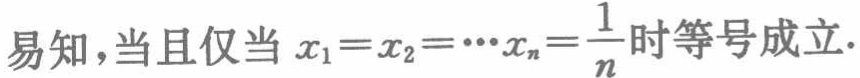
易知，当且仅当 \(x_{1}=x_{2}=\cdots x_{n}=\frac{1}{n}\) 时等号成立.